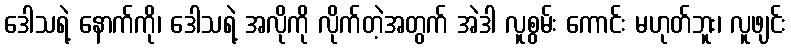
ဒေါသရဲ့ နောက်ကို၊ ဒေါသရဲ့ အလိုကို လိုက်တဲ့အတွက် အဲဒါ လူစွမ်း ကောင်း မဟုတ်ဘူး၊ လူဖျင်း